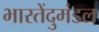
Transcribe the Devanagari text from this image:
भारतेंदुमंडल